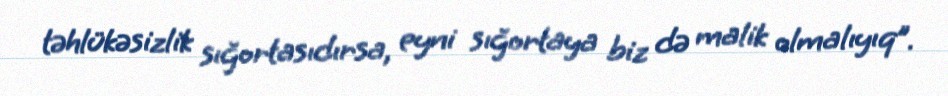
təhlükəsizlik sığortasıdırsa, eyni sığortaya biz də malik olmalıyıq”.